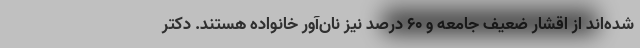
شده‌اند از اقشار ضعیف جامعه و ۶۰ درصد نیز نان‌آور خانواده هستند. دکتر